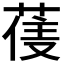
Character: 𮏼